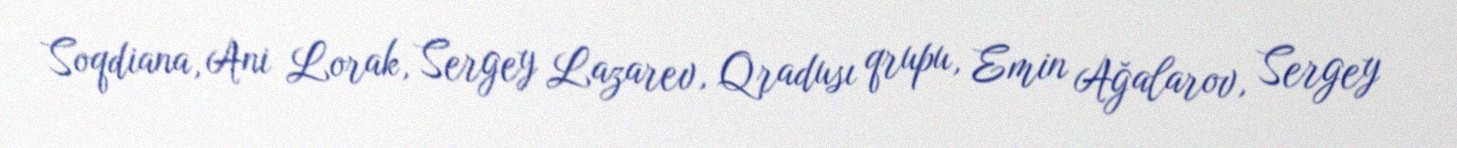
Soqdiana, Ani Lorak, Sergey Lazarev, Qradusı qrupu, Emin Ağalarov, Sergey